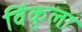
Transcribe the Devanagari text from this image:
विंकुला